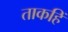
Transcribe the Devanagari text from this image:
ताकहिं